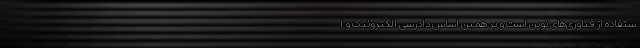
ستفاده از فناوری‌های نوین است و بر همین اساس دادرسی الکترونیک و ا